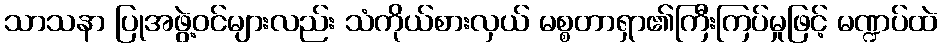
သာသနာ ပြုအဖွဲ့ဝင်များလည်း သံကိုယ်စားလှယ် မစ္စတာရှာ၏ကြီးကြပ်မှုဖြင့် မဏ္ဍပ်ထဲ